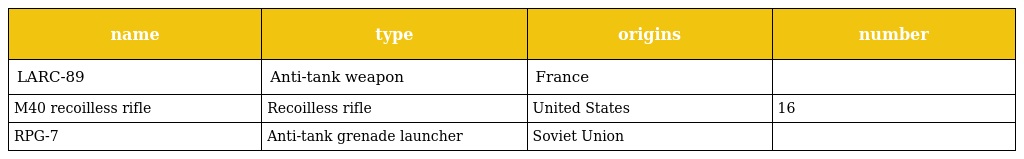
| name | type | origins | number |
 | --- | --- | --- | --- |
 | LARC-89 | Anti-tank weapon | France |  |
 | M40 recoilless rifle | Recoilless rifle | United States | 16 |
 | RPG-7 | Anti-tank grenade launcher | Soviet Union |  |